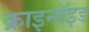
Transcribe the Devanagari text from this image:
क्राइनॉइड